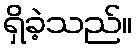
ရှိခဲ့သည်။